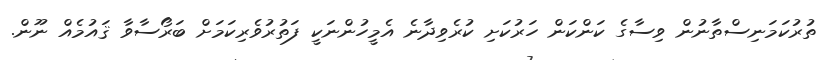
ތުރުކަމަނިސްތާނުން ވިސާގެ ކަންކަން ހަރުކަށި ކުރެވިދާނެ އެމީހުންނަކީ ފަތުރުވެރިކަމަށް ބަރޯސާވާ ޤައުމެއް ނޫން.